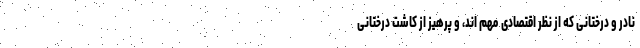
نادر و درختانی که از نظر اقتصادی مهم اند، و پرهیز از کاشت درختانی